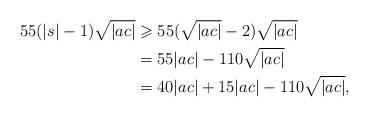
LaTeX: \begin{align*}55(|s|-1)\sqrt{|ac|} &\geqslant 55(\sqrt{|ac|}-2)\sqrt{|ac|}\\&= 55|ac|-110\sqrt{|ac|}\\&=40|ac|+15|ac|-110\sqrt{|ac|},\end{align*}